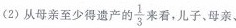
(2)从母亲至少得遗产的 \frac{1}{3} 来看，儿子、母亲、